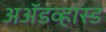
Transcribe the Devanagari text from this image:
अॲडव्हांस्ड